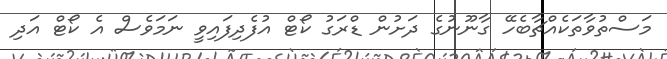
މަސްތުވާތަކެއްޗާބެހޭ ގާނޫނުގެ ދަށުން ޑްރަގު ކޯޓް އުފެދިފައިވީ ނަމަވެސް އެ ކޯޓް އަދި